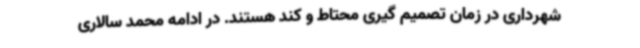
شهرداری در زمان تصمیم گیری محتاط و کند هستند. در ادامه محمد سالاری